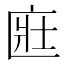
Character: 𫧔